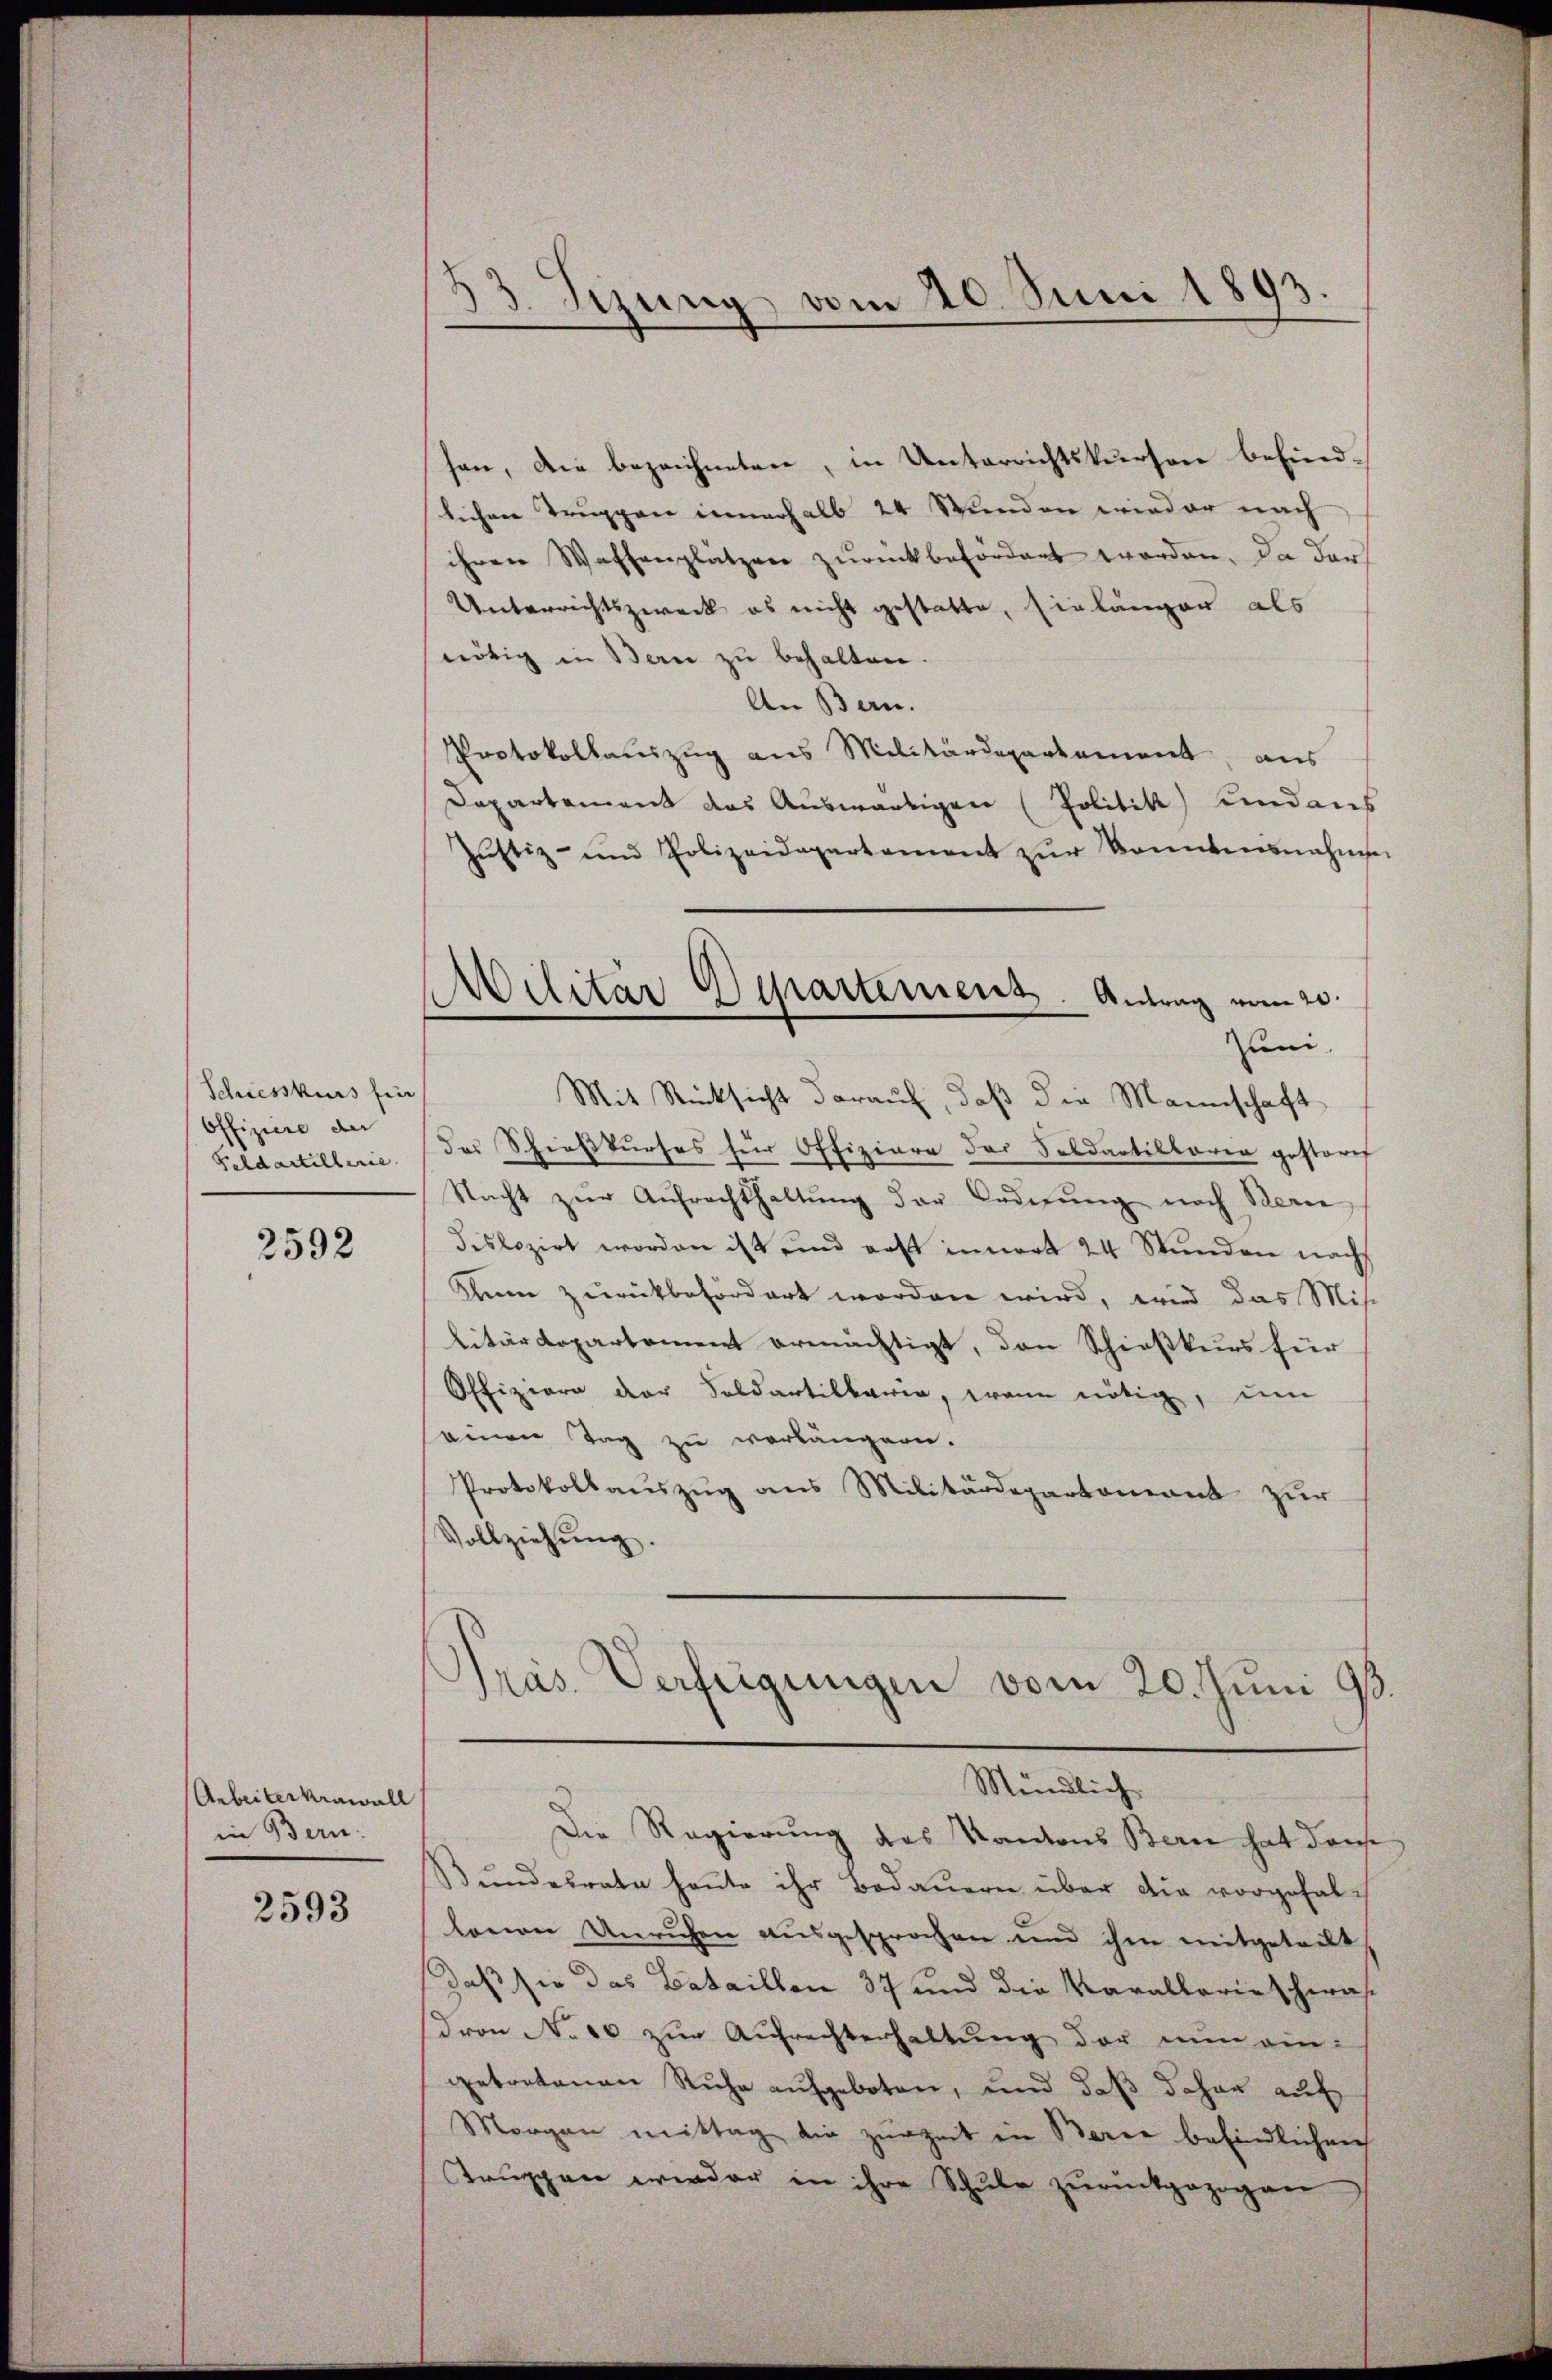
Schiesskurs fün
Offiziere der
Feldartillerie.

2592

Arbeiterkrawall
in Bern.

2593

33. Sizung vom 20. Juni 1893.

Militär Departement. Antrag vom 20.

sen, die bezeichneten, in Unterrichtskursen befindlichen Truppen innerhalb 24 Stunden wieder nach
ihren Waffenplätzen zurückbefördert worden. Da der
Unterrichtszweck es nicht gestatte, hinlänger als
nötig in Bern zŭ behalten.
An Bern.
Protokollauszug aus Militärdepartement, aus
Departement das Auswärtigen (Politik und aus
Jŭstiz- und Polizeidepartement zŭr konntensnahme
uni
Mit Rücksicht darauf, daß die Mannschaft
des Schießkurses für Offiziere des Soldartilloren gestorit
Nacht zŭr Aŭfrachthaltŭng der Ordnŭng nach Berne
Dislozirt worden ist und erst innert 24 Stunden nach
Kann zurückbefördert worden wird, wird das Mis
litärdepartement ermächtigt, den Schießkurs für
Offiziere der Soldartelbaren, wann nötig, um
seine Tag zu verlängern.
Protokollauszug aus Militärdepartement zur
Vollziehŭng.
Pras Verfügungen vom 20. Juni 98.

Mündlich
Die Regierung des Kantons Bern hat derse

Bundesrate heute ihr Bedauern über die vorgehallonen Unruhen ausgesprochen und ihm mitgeteilt,
daß sie das Bataillen 37 und die Karallerieschwas
dron No 10 zur Aufrechterhaltung der nun eingetretenen Ruhe aufgeboten, und daß daher auf
Morgen mittag die zurzeit in Barce befindlichen
Truppen wieder in ihre Schule zurückgezogen